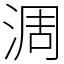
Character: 淍